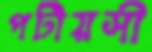
পটীয়সী